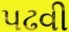
પઢવી